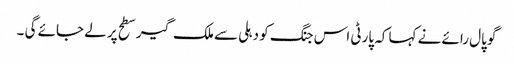
گوپال رائے نے کہا کہ پارٹی اس جنگ کو دہلی سے ملک گیر سطح پر لے جائے گی ۔